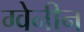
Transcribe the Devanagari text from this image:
ग्वेनीन